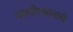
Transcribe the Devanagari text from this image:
वसतीस्थानाचे